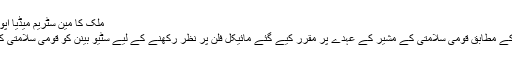
ملک کا مین سٹریم میڈیا اپوزیشن جماعت ہے: سٹیو بینن
وائٹ ہاؤس کے ایک اہلکار کے مطابق قومی سلامتی کے مشیر کے عہدے پر مقرر کیے گئے مائیکل فلن پر نظر رکھنے کے لیے سٹیو بینن کو قومی سلامتی کونسل میں جگہ دی گئی تھی۔